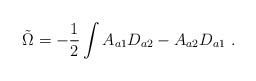
LaTeX: \begin{align*}\tilde{\Omega} = - \frac{1}{2}\int A_{a1}D_{a2} - A_{a2}D_{a1} \ .\end{align*}